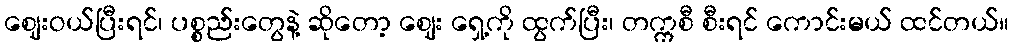
ဈေးဝယ်ပြီးရင်၊ ပစ္စည်းတွေနဲ့ ဆိုတော့ ဈေး ရှေ့ကို ထွက်ပြီး၊ တက္ကစီ စီးရင် ကောင်းမယ် ထင်တယ်။